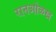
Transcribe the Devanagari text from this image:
रानओळख